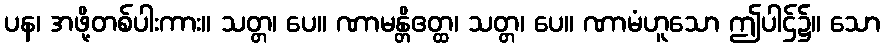
ပန၊ အဖို့တစ်ပါးကား။ သတ္တ၊ ပေ။ ဏာမန္တိဧတ္ထ၊ သတ္တ၊ ပေ။ ဏာမံဟူသော ဤပါဌ်၌။ သော